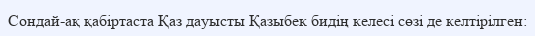
Сондай-ақ қабіртаста Қаз дауысты Қазыбек бидің келесі сөзі де келтірілген: